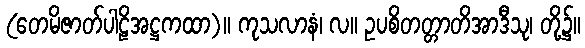
(တေမိဇာတ်ပါဠိအဋ္ဌကထာ)။ ကုသလာနံ၊ လ။ ဥပစိတတ္တာတိအာဒီသု၊ တို့၌။